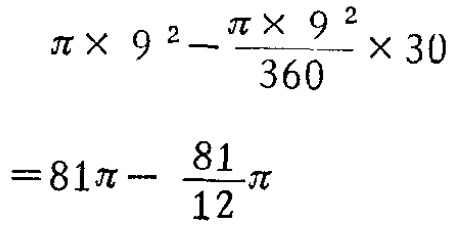
\[\begin{align*}

&\pi\times9^{2}-\frac{\pi\times9^{2}}{360}\times30\\

=&81\pi - \frac{81}{12}\pi

\end{align*}\]